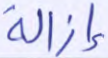
إزالة